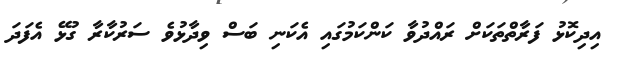
އިދިކޮޅު ފަރާތްތަކަށް ރައްދުވާ ކަންކަމުގައި އެކަނި ބަސް ވިދާޅުވެ ސަރުކާރާ ގުޅޭ އެފަދަ